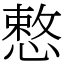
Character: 慗